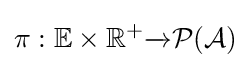
\pi :\mathbb {E} \times \mathbb {R} ^{+}{\xrightarrow[{}]{}}{\mathcal {P(A)}}